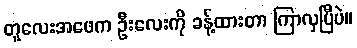
တူလေးအဖေက ဦးလေးကို ခန့်ထားတာ ကြာလှပြီပဲ။